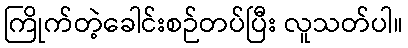
ကြိုက်တဲ့ခေါင်းစဉ်တပ်ပြီး လူသတ်ပါ။